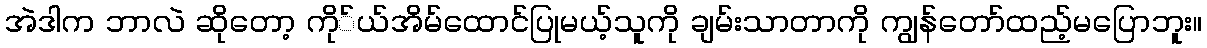
အဲဒါက ဘာလဲ ဆိုတော့ ကို်ယ်အိမ်ထောင်ပြုမယ့်သူကို ချမ်းသာတာကို ကျွန်တော်ထည့်မပြောဘူး။